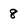
Character: 8